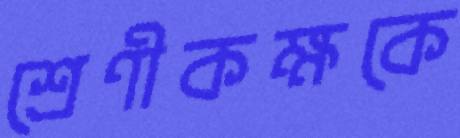
শ্রেণীকক্ষকে